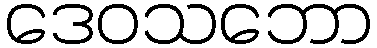
ဒေဝသဘော